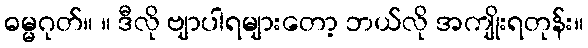
ဓမ္မဂုတ်။ ။ ဒီလို ဗျာပါရများတော့ ဘယ်လို အကျိုးရတုန်း။